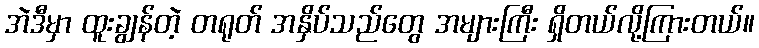
အဲဒီမှာ ထူးချွန်တဲ့ တရုတ် အနှိပ်သည်တွေ အများကြီး ရှိတယ်လို့ကြားတယ်။